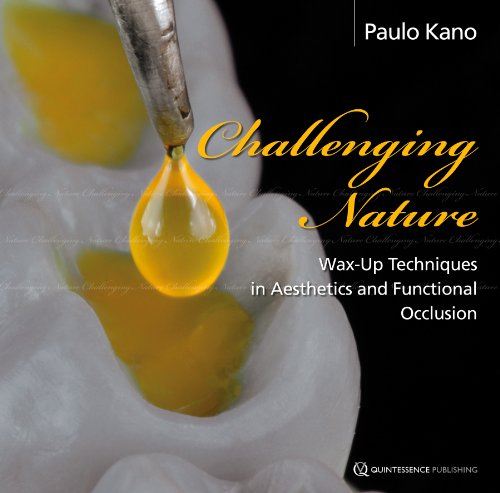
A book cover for Challenging Nature; Paulo Kano; Medical Books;